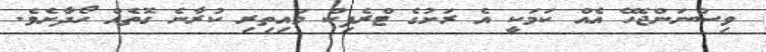
ވިސްނަންޖެހޭ އެއް ކަމަކީ އެ ރަށުގެ ޓްރެފިކް މައިތިރި ކުރާނެ ގޮތެއް ހޯދާށެވެ.